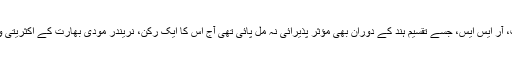
اس سب کا نتیجہ یہ نکلا کہ ہندو قومیت اور ہندوتوا پر اصرار کرنے والی جماعت، آر ایس ایس، جسے تقسیم ہند کے دوران بھی مؤثر پذیرائی نہ مل پائی تھی آج اس کا ایک رکن، نریندر مودی بھارت کے اکثریتی ووٹ کی اساس پر دوسری بار انتخابات جیت کر ہندوستان پر حکومت کر رہا ہے۔